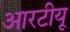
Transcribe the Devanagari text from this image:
आरटीयू